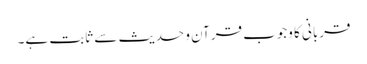
قربانی کا وجوب قرآن و حدیث سے ثابت ہے۔